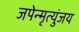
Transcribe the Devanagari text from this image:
जपेन्मृत्युंजय